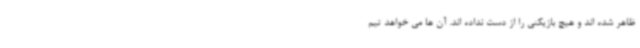
ظاهر شده اند و هیچ بازیکنی را از دست نداده اند. آن ها می خواهد تیم